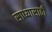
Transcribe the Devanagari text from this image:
साध्यासाठी